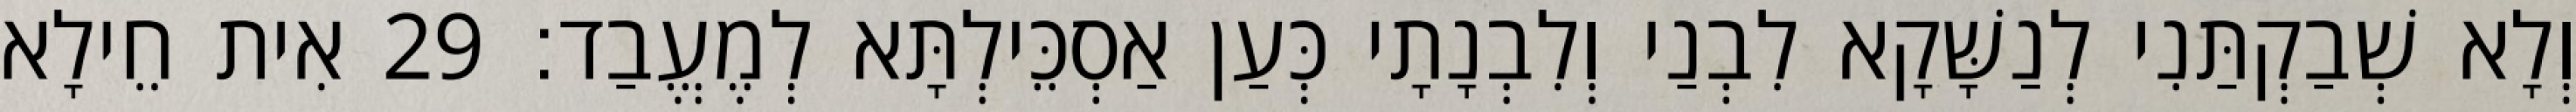
וְלָא שְׁבַקְתַּנִי לְנַשָּׁקָא לִבְנַי וְלִבְנָתָי כְּעַן אַסְכֵּילְתָּא לְמֶעֱבַד׃ 29 אִית חֵילָא